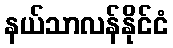
နယ်သာလန်နိုင်ငံ